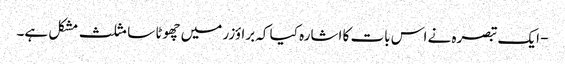
- ایک تبصرہ نے اس بات کا اشارہ کیا کہ براؤزر میں چھوٹا سا مثلث مشکل ہے۔